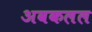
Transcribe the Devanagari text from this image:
अवकलल